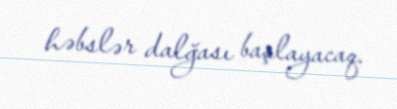
həbslər dalğası başlayacaq.